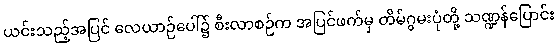
ယင်းသည့်အပြင် လေယာဉ်ပေါ်၌ စီးလာစဉ်က အပြင်ဖက်မှ တိမ်ဂွမးပုံတို့ သဏ္ဍန်ပြောင်း